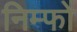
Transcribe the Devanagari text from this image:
निम्फो